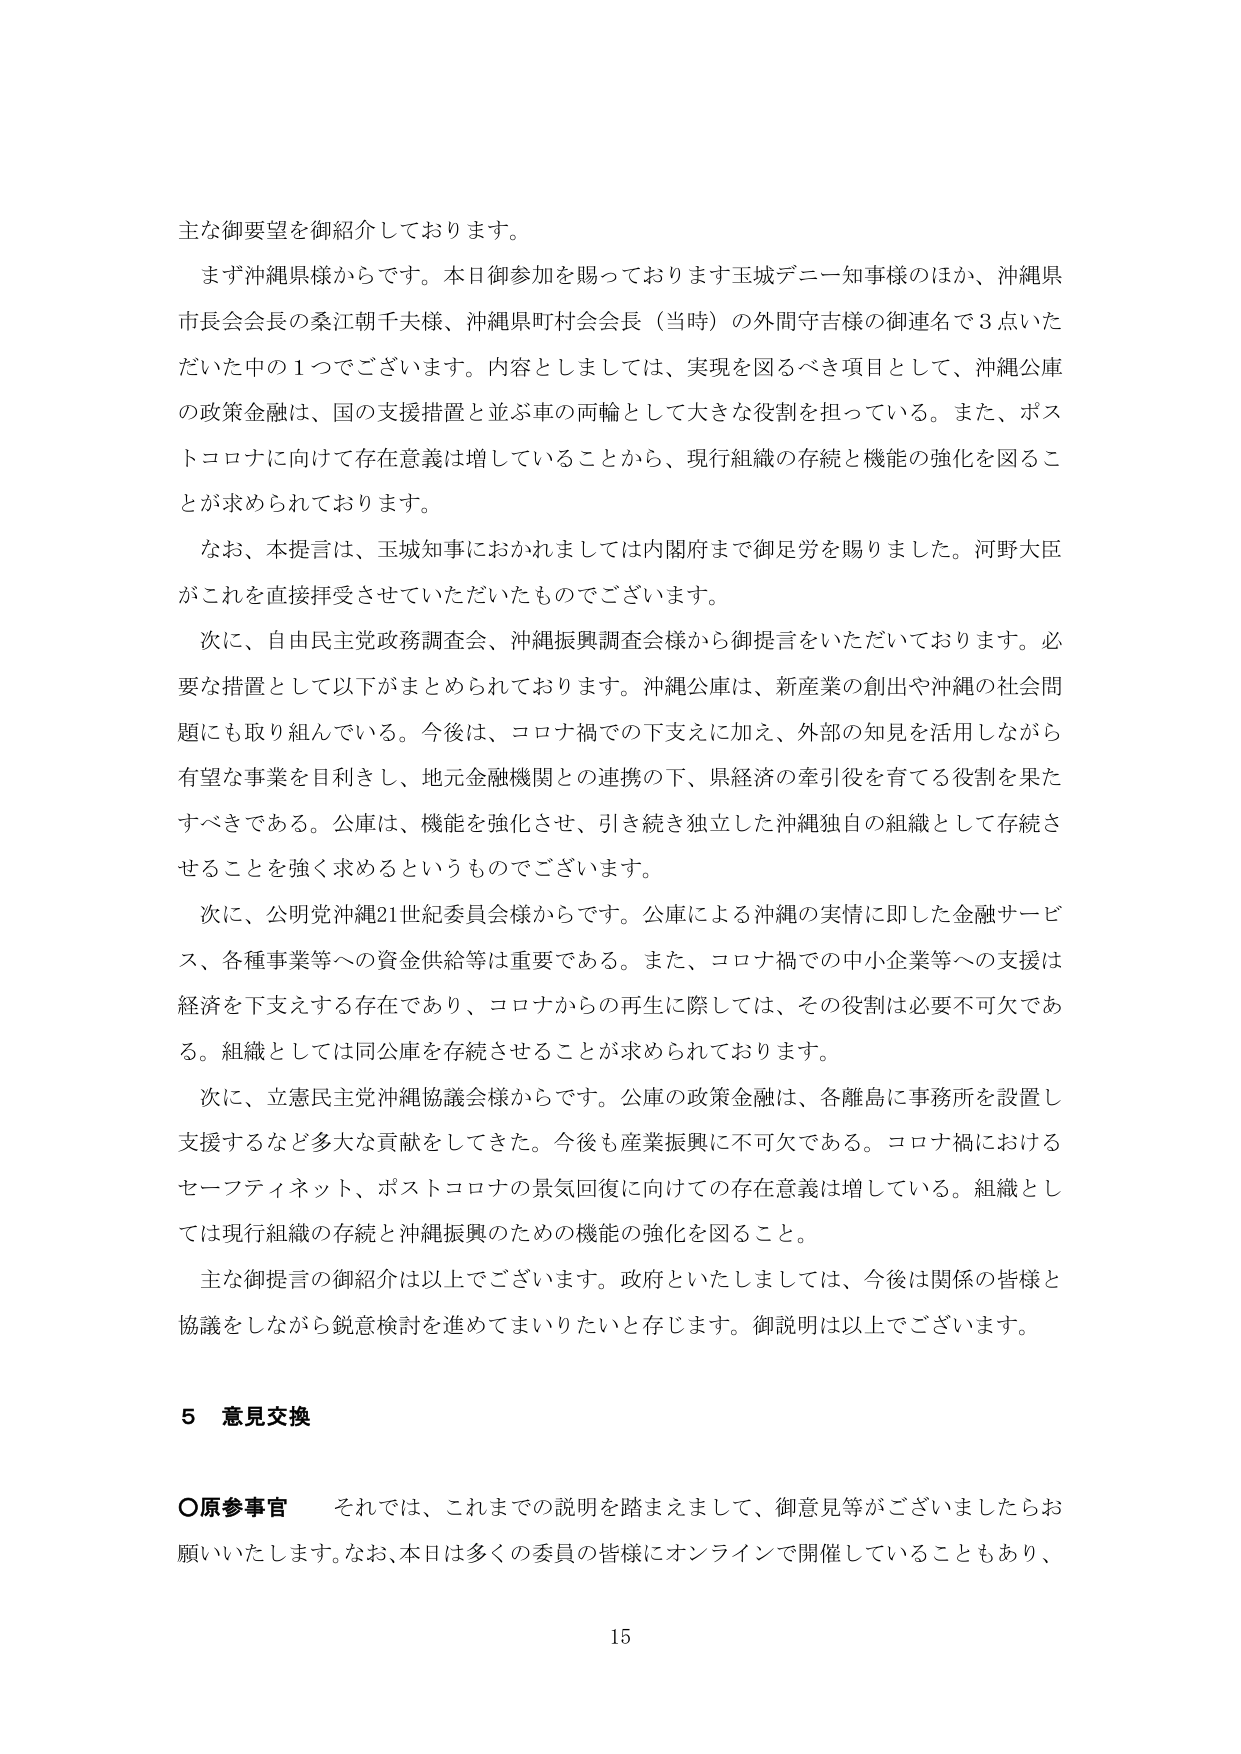
主な御要望を御紹介しております。

まず沖縄県様からです。本日御参加を賜っております玉城デニー知事様のほか、沖縄県市長会会長の桑江朝千夫様、沖縄県町村会会長（当時）の外間守吉様の御連名で3点いただいた中の1つでございます。内容としましては、実現を図るべき項目として、沖縄公庫の政策金融は、国の支援措置と並ぶ車の両輪として大きな役割を担っている。また、ポストコロナに向けて存在意義は増していることから、現行組織の存続と機能の強化を図ることが求められております。

なお、本提言は、玉城知事におかれましては内閣府まで御足労を賜りました。河野大臣がこれを直接拝受させていただいたものでございます。

次に、自由民主党政務調査会、沖縄振興調査会様から御提言をいただいております。必要な措置として以下がまとめられております。沖縄公庫は、新産業の創出や沖縄の社会問題にも取り組んでいる。今後は、コロナ禍での下支えに加え、外部の知見を活用しながら有望な事業を目利きし、地元金融機関との連携の下、県経済の牽引役を育てる役割を果たすべきである。公庫は、機能を強化させ、引き続き独立した沖縄独自の組織として存続させることを強く求めるというものです。

次に、公明党沖縄21世紀委員会様からです。公庫による沖縄の実情に即した金融サービス、各種事業等への資金供給等は重要である。また、コロナ禍での中小企業等への支援は経済を下支えする存在であり、コロナからの再生に際しては、その役割は必要不可欠である。組織としては同公庫を存続させることが求められております。

次に、立憲民主党沖縄協議会様からです。公庫の政策金融は、各離島に事務所を設置し支援するなど多大な貢献をしてきた。今後も産業振興に不可欠である。コロナ禍におけるセーフティネット、ポストコロナの景気回復に向けての存在意義は増している。組織としては現行組織の存続と沖縄振興のための機能の強化を図ること。

主な御提言の御紹介は以上でございます。政府といたしましては、今後は関係の皆様と協議をしながら鋭意検討を進めてまいりたいと存じます。御説明は以上でございます。

5 意見交換

○原参事官　それでは、これまでの説明を踏まえまして、御意見等がございましたらお願いいたします。なお、本日は多くの委員の皆様にオンラインで開催していることもあり、

15